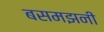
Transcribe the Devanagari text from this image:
बसमझनी